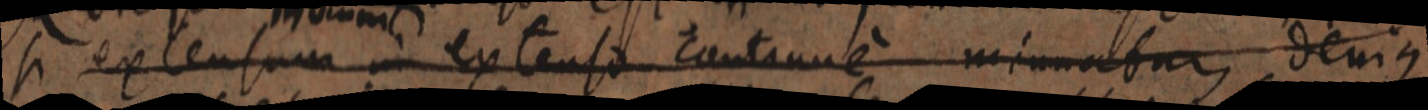
si extensum in extenso continuem minuatur denique